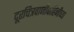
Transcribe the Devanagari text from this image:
दूरचित्रवाणीवाहिनीच्या